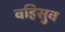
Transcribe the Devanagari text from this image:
वहिसुव